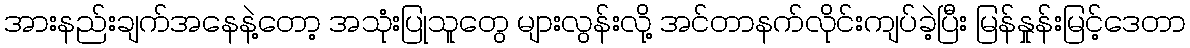
အားနည်းချက်အနေနဲ့တော့ အသုံးပြုသူတွေ များလွန်းလို့ အင်တာနက်လိုင်းကျပ်ခဲ့ပြီး မြန်နှုန်းမြင့်ဒေတာ